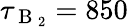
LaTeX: \tau_{\mathrm{~B~}_{2}}=850